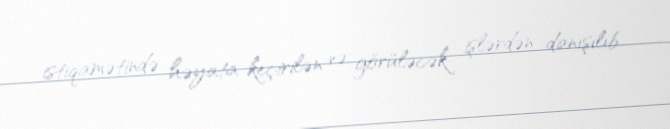
istiqamətində həyata keçirilən və görüləcək işlərdən danışılıb.